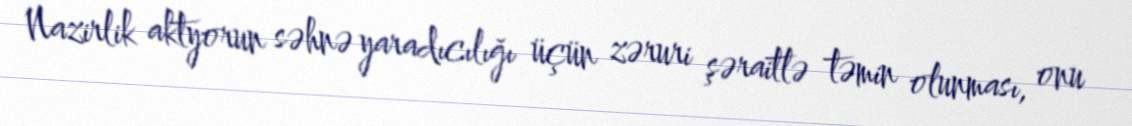
Nazirlik aktyorun səhnə yaradıcılığı üçün zəruri şəraitlə təmin olunması, onu